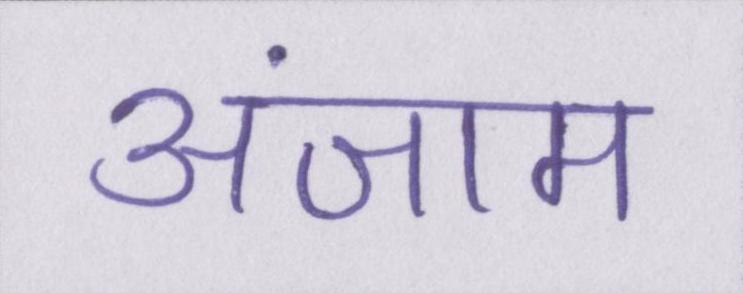
अंजाम